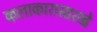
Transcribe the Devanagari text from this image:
कलाकारासारखे